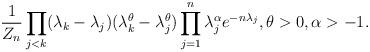
LaTeX: \begin{align*}\frac{1}{Z_n}\prod_{j < k} (\lambda_k - \lambda_j) (\lambda_k^{\theta} - \lambda_j^{\theta}) \prod_{j=1}^n \lambda_j^\alpha e^{-n\lambda_j},\theta>0,\alpha>-1.\end{align*}